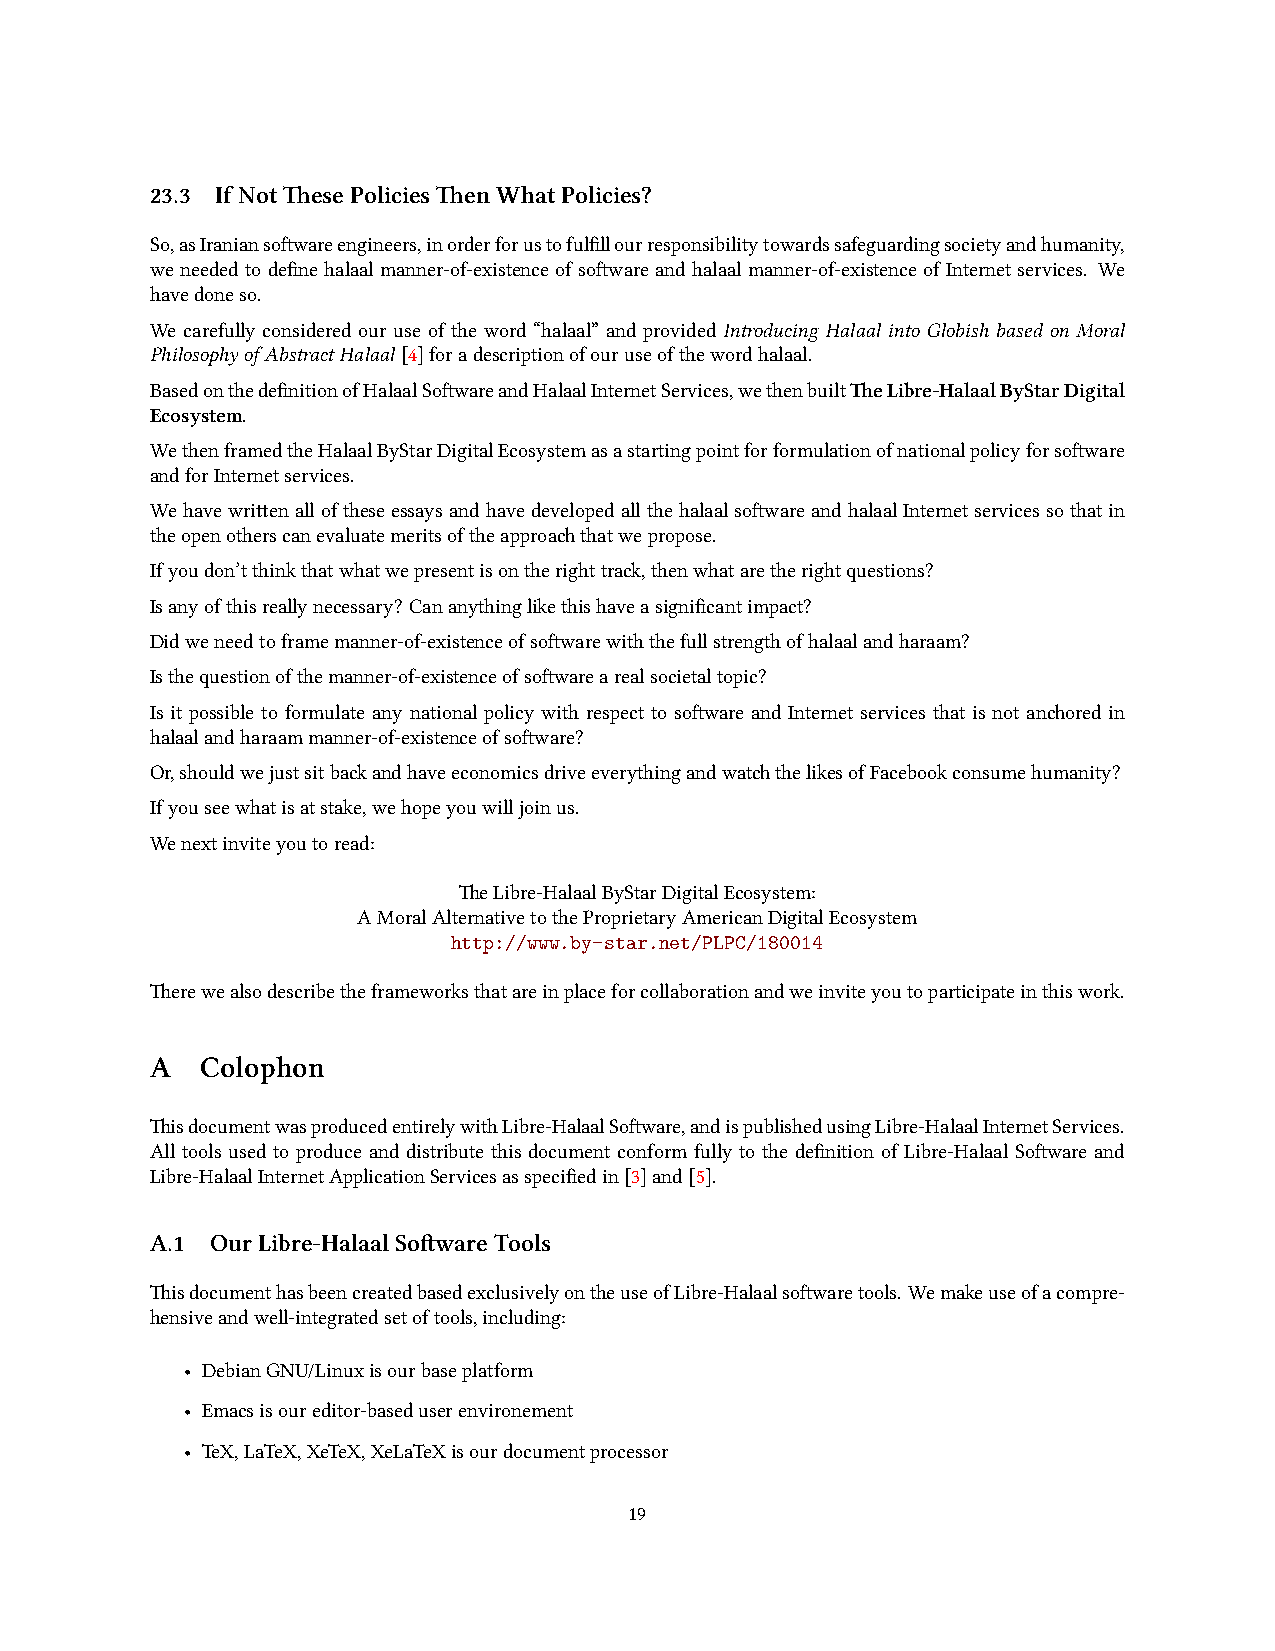
23.3 IfNotesePoliciesenWhatPolicies?
 So,asIraniansowareengineers,inorderforustofulfillourresponsibilitytowardssafeguardingsocietyandhumanity,
 weneededtodefine halaalmanner-of-existenceofsowareandhalaalmanner-of-existenceofInternetservices. We
 havedoneso.
 We carefully considered our use of the word “halaal” and provided Introducing Halaal into Globish based on Moral
 PhilosophyofAbstractHalaal[4]foradescriptionofouruseofthewordhalaal.
 BasedonthedefinitionofHalaalSowareandHalaalInternetServices,wethenbuilteLibre-HalaalByStarDigital
 Ecosystem.
 WethenframedtheHalaalByStarDigitalEcosystemasastartingpointforformulationofnationalpolicyforsoware
 andforInternetservices.
 WehavewrienalloftheseessaysandhavedevelopedallthehalaalsowareandhalaalInternetservicessothatin
 theopenotherscanevaluatemeritsoftheapproathatwepropose.
 Ifyoudon’tthinkthatwhatwepresentisontherighttra,thenwhataretherightquestions?
 Isanyofthisreallynecessary? Cananythinglikethishaveasignificantimpact?
 Didweneedtoframemanner-of-existenceofsowarewiththefullstrengthofhalaalandharaam?
 Isthequestionofthemanner-of-existenceofsowarearealsocietaltopic?
 Is it possible to formulate any national policy with respect to soware and Internet services that is not anored in
 halaalandharaammanner-of-existenceofsoware?
 Or,shouldwejustsitbaandhaveeconomicsdriveeverythingandwatthelikesofFacebookconsumehumanity?
 Ifyouseewhatisatstake,wehopeyouwilljoinus.
 Wenextinviteyoutoread:
 eLibre-HalaalByStarDigitalEcosystem:
 AMoralAlternativetotheProprietaryAmericanDigitalEcosystem
 http://www.by-star.net/PLPC/180014
 erewealsodescribetheframeworksthatareinplaceforcollaborationandweinviteyoutoparticipateinthiswork.
 A  Colophon
 isdocumentwasproducedentirelywithLibre-HalaalSoware,andispublishedusingLibre-HalaalInternetServices.
 All tools used to produce and distribute this document conform fully to the definition of Libre-Halaal Soware and
 Libre-HalaalInternetApplicationServicesasspecifiedin[3]and[5].
 A.1 OurLibre-HalaalSowareTools
 isdocumenthasbeencreatedbasedexclusivelyontheuseofLibre-Halaalsowaretools. Wemakeuseofacompre-
 hensiveandwell-integratedsetoftools,including:
 • DebianGNU/Linuxisourbaseplatform
 • Emacsisoureditor-baseduserenvironement
 • TeX,LaTeX,XeTeX,XeLaTeXisourdocumentprocessor
 19